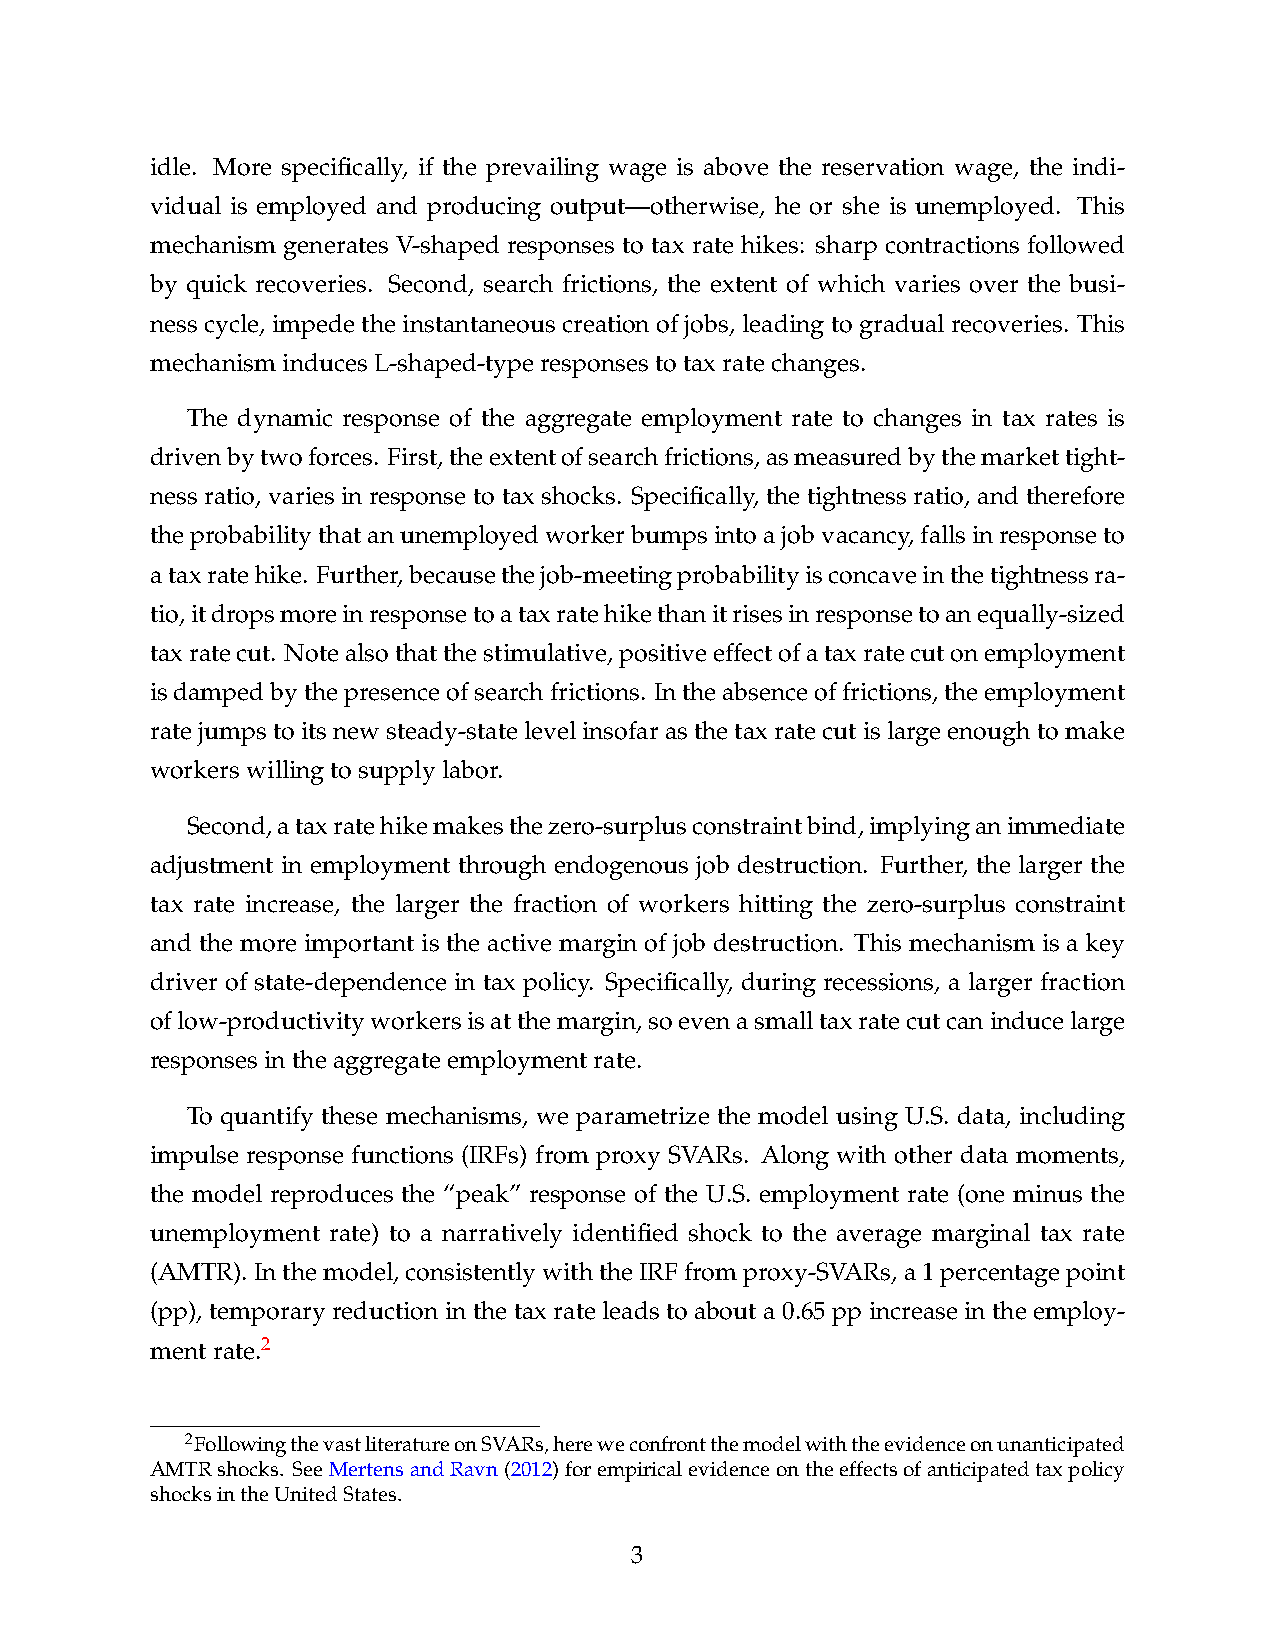
idle. More specifically, if the prevailing wage is above the reservation wage, the indi-
 vidual is employed and producing output—otherwise, he or she is unemployed. This
 mechanism generates V-shaped responses to tax rate hikes: sharp contractions followed
 by quick recoveries. Second, search frictions, the extent of which varies over the busi-
 ness cycle, impede the instantaneous creation of jobs, leading to gradual recoveries. This
 mechanisminducesL-shaped-typeresponsestotaxratechanges.
 The dynamic response of the aggregate employment rate to changes in tax rates is
 drivenbytwoforces. First,theextentofsearchfrictions,asmeasuredbythemarkettight-
 ness ratio, varies in response to tax shocks. Specifically, the tightness ratio, and therefore
 theprobabilitythatanunemployedworkerbumpsintoajobvacancy,fallsinresponseto
 ataxratehike. Further,becausethejob-meetingprobabilityisconcaveinthetightnessra-
 tio,itdropsmoreinresponsetoataxratehikethanitrisesinresponsetoanequally-sized
 taxratecut. Notealsothatthestimulative,positiveeffectofataxratecutonemployment
 isdampedbythepresenceofsearchfrictions. Intheabsenceoffrictions,theemployment
 ratejumpstoitsnewsteady-statelevelinsofarasthetaxratecutislargeenoughtomake
 workerswillingtosupplylabor.
 Second,ataxratehikemakesthezero-surplusconstraintbind,implyinganimmediate
 adjustment in employment through endogenous job destruction. Further, the larger the
 tax rate increase, the larger the fraction of workers hitting the zero-surplus constraint
 and the more important is the active margin of job destruction. This mechanism is a key
 driver of state-dependence in tax policy. Specifically, during recessions, a larger fraction
 oflow-productivityworkersisatthemargin,soevenasmalltaxratecutcaninducelarge
 responsesintheaggregateemploymentrate.
 To quantify these mechanisms, we parametrize the model using U.S. data, including
 impulse response functions (IRFs) from proxy SVARs. Along with other data moments,
 the model reproduces the “peak” response of the U.S. employment rate (one minus the
 unemployment rate) to a narratively identified shock to the average marginal tax rate
 (AMTR).Inthemodel,consistentlywiththeIRFfromproxy-SVARs,a1percentagepoint
 (pp), temporary reduction in the tax rate leads to about a 0.65 pp increase in the employ-
 mentrate.2
 2FollowingthevastliteratureonSVARs,hereweconfrontthemodelwiththeevidenceonunanticipated
 AMTRshocks. SeeMertensandRavn(2012)forempiricalevidenceontheeffectsofanticipatedtaxpolicy
 shocksintheUnitedStates.
 3